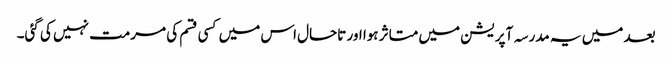
بعد میں یہ مدرسہ آپریشن میں متاثر ہوا اور تاحال اس میں کسی قسم کی مرمت نہیں کی گئی۔